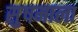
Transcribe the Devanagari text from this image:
सु़षमाला